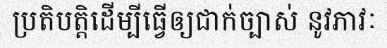
ប្រតិបត្តិដើម្បីធ្វើឲ្យជាក់ច្បាស់ នូវភាវៈ